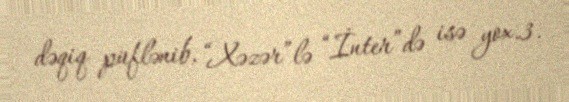
dəqiq püflənib, “Xəzər”lə “İnter”də isə yox.3.